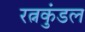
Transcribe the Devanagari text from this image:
रत्नकुंडल